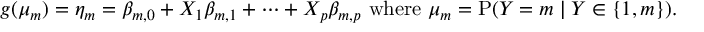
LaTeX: g ( \mu _ { m } ) = \eta _ { m } = \beta _ { m , 0 } + X _ { 1 } \beta _ { m , 1 } + \cdots + X _ { p } \beta _ { m , p } { \mathrm { ~ w h e r e ~ } } \mu _ { m } = \mathrm { P } ( Y = m \mid Y \in \{ 1 , m \} ) .